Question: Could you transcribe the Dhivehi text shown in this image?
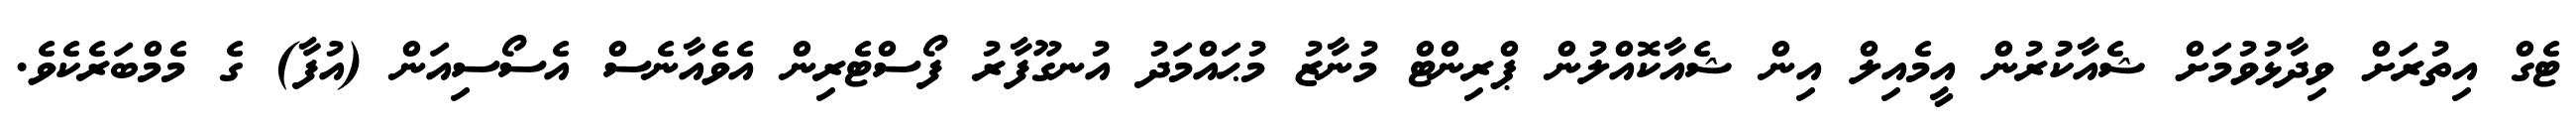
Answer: ޓެގް އިތުރަށް ވިދާޅުވުމަށް ޝެއާކުުރުން އީމެއިލް އިން ޝެއާކޮއްލުން ޕްރިންޓް މުނާޒު މުޙައްމަދު އުނގޫފާރު ފޯސްޓެރިން އެވެއާނެސް އެސޯސިއަން (އުފާ) ގެ މެމްބަރެކެވެ.